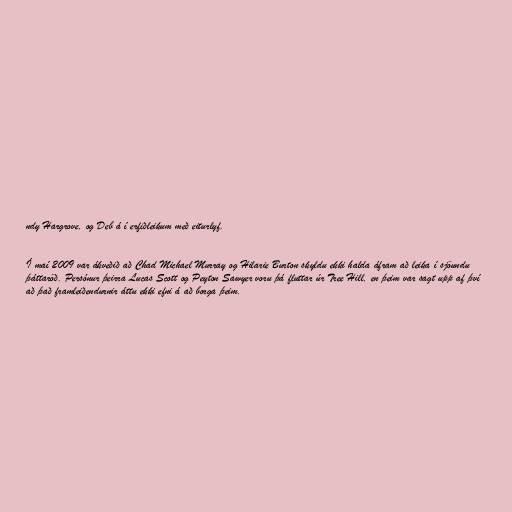
ndy Hargrove, og Deb á í erfiðleikum með eiturlyf.

Í maí 2009 var ákveðið að Chad Michael Murray og Hilarie Burton skyldu ekki halda áfram að leika í sjöundu
þáttaröð. Persónur þeirra Lucas Scott og Peyton Sawyer voru þá fluttar úr Tree Hill, en þeim var sagt upp af því
að það framleiðendurnir áttu ekki efni á að borga þeim.